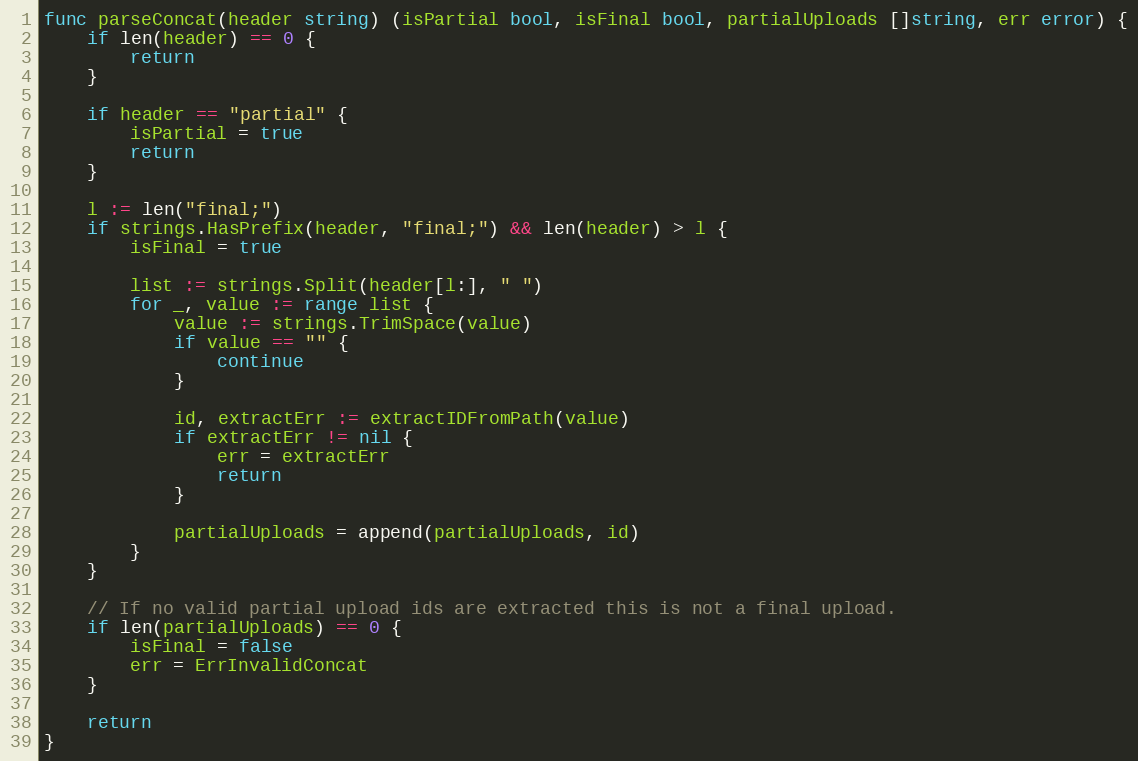
Language: Go
func parseConcat(header string) (isPartial bool, isFinal bool, partialUploads []string, err error) {
	if len(header) == 0 {
		return
	}

	if header == "partial" {
		isPartial = true
		return
	}

	l := len("final;")
	if strings.HasPrefix(header, "final;") && len(header) > l {
		isFinal = true

		list := strings.Split(header[l:], " ")
		for _, value := range list {
			value := strings.TrimSpace(value)
			if value == "" {
				continue
			}

			id, extractErr := extractIDFromPath(value)
			if extractErr != nil {
				err = extractErr
				return
			}

			partialUploads = append(partialUploads, id)
		}
	}

	// If no valid partial upload ids are extracted this is not a final upload.
	if len(partialUploads) == 0 {
		isFinal = false
		err = ErrInvalidConcat
	}

	return
}